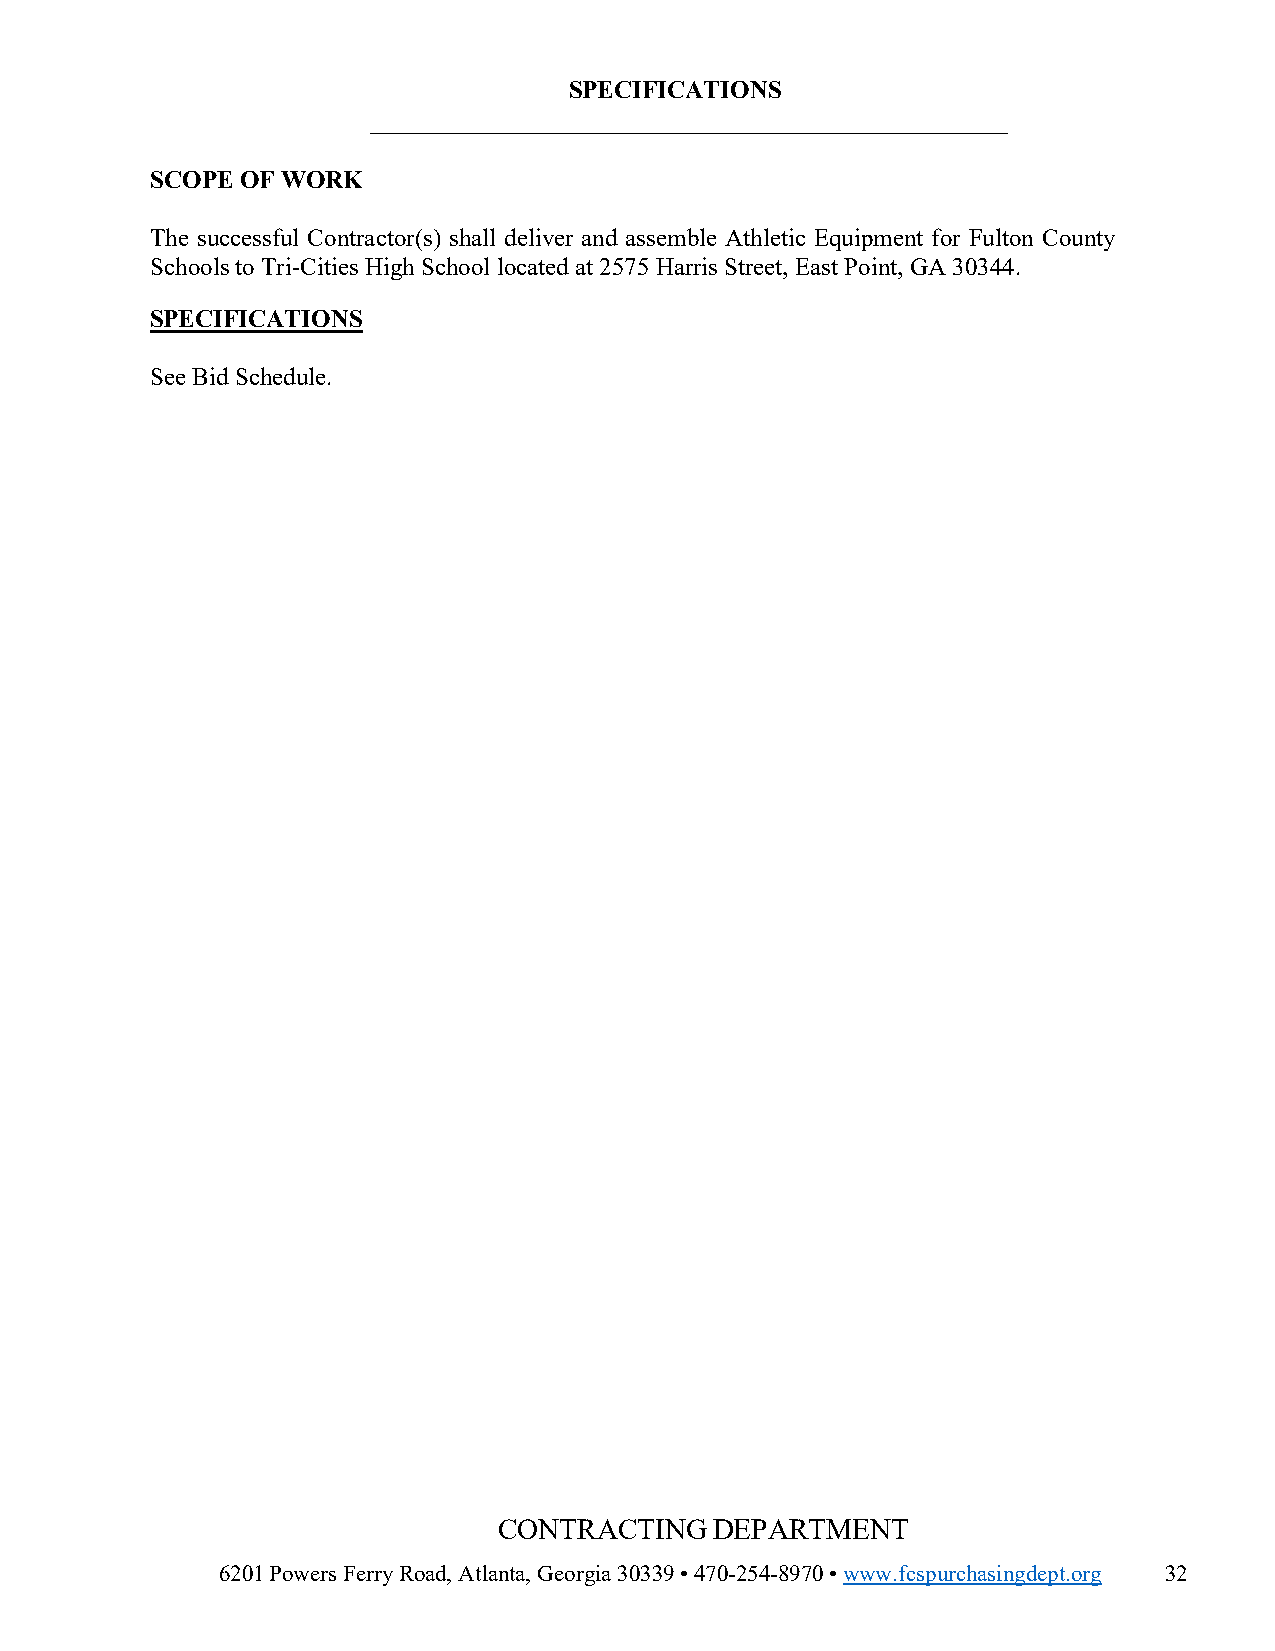
SPECIFICATIONS
 ___________________________________________________
 SCOPE OF WORK
 The successful Contractor(s) shall deliver and assemble Athletic Equipment for Fulton County
 Schools to Tri-Cities High School located at 2575 Harris Street, East Point, GA 30344.
 SPECIFICATIONS
 See Bid Schedule.
 CONTRACTING   DEPARTMENT
 6201 Powers Ferry Road, Atlanta, Georgia 30339 • 470-254-8970 • www.fcspurchasingdept.org 32